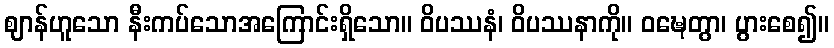
ဈာန်ဟူသော နီးကပ်သောအကြောင်းရှိသော။ ဝိပဿနံ၊ ဝိပဿနာကို။ ဝဍ္ဎေတွာ၊ ပွားစေ၍။